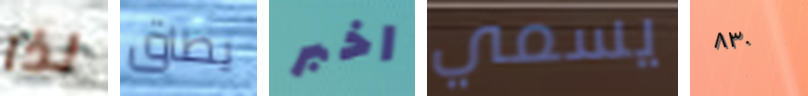
لذا يطاق اخبر يسمي ٨٣٠